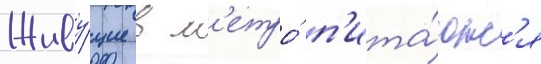
Живу́щие в м'етро́ п'ита́ютс'я